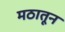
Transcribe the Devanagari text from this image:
मठातून